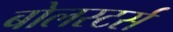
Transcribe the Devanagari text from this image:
बोलस्टर्स